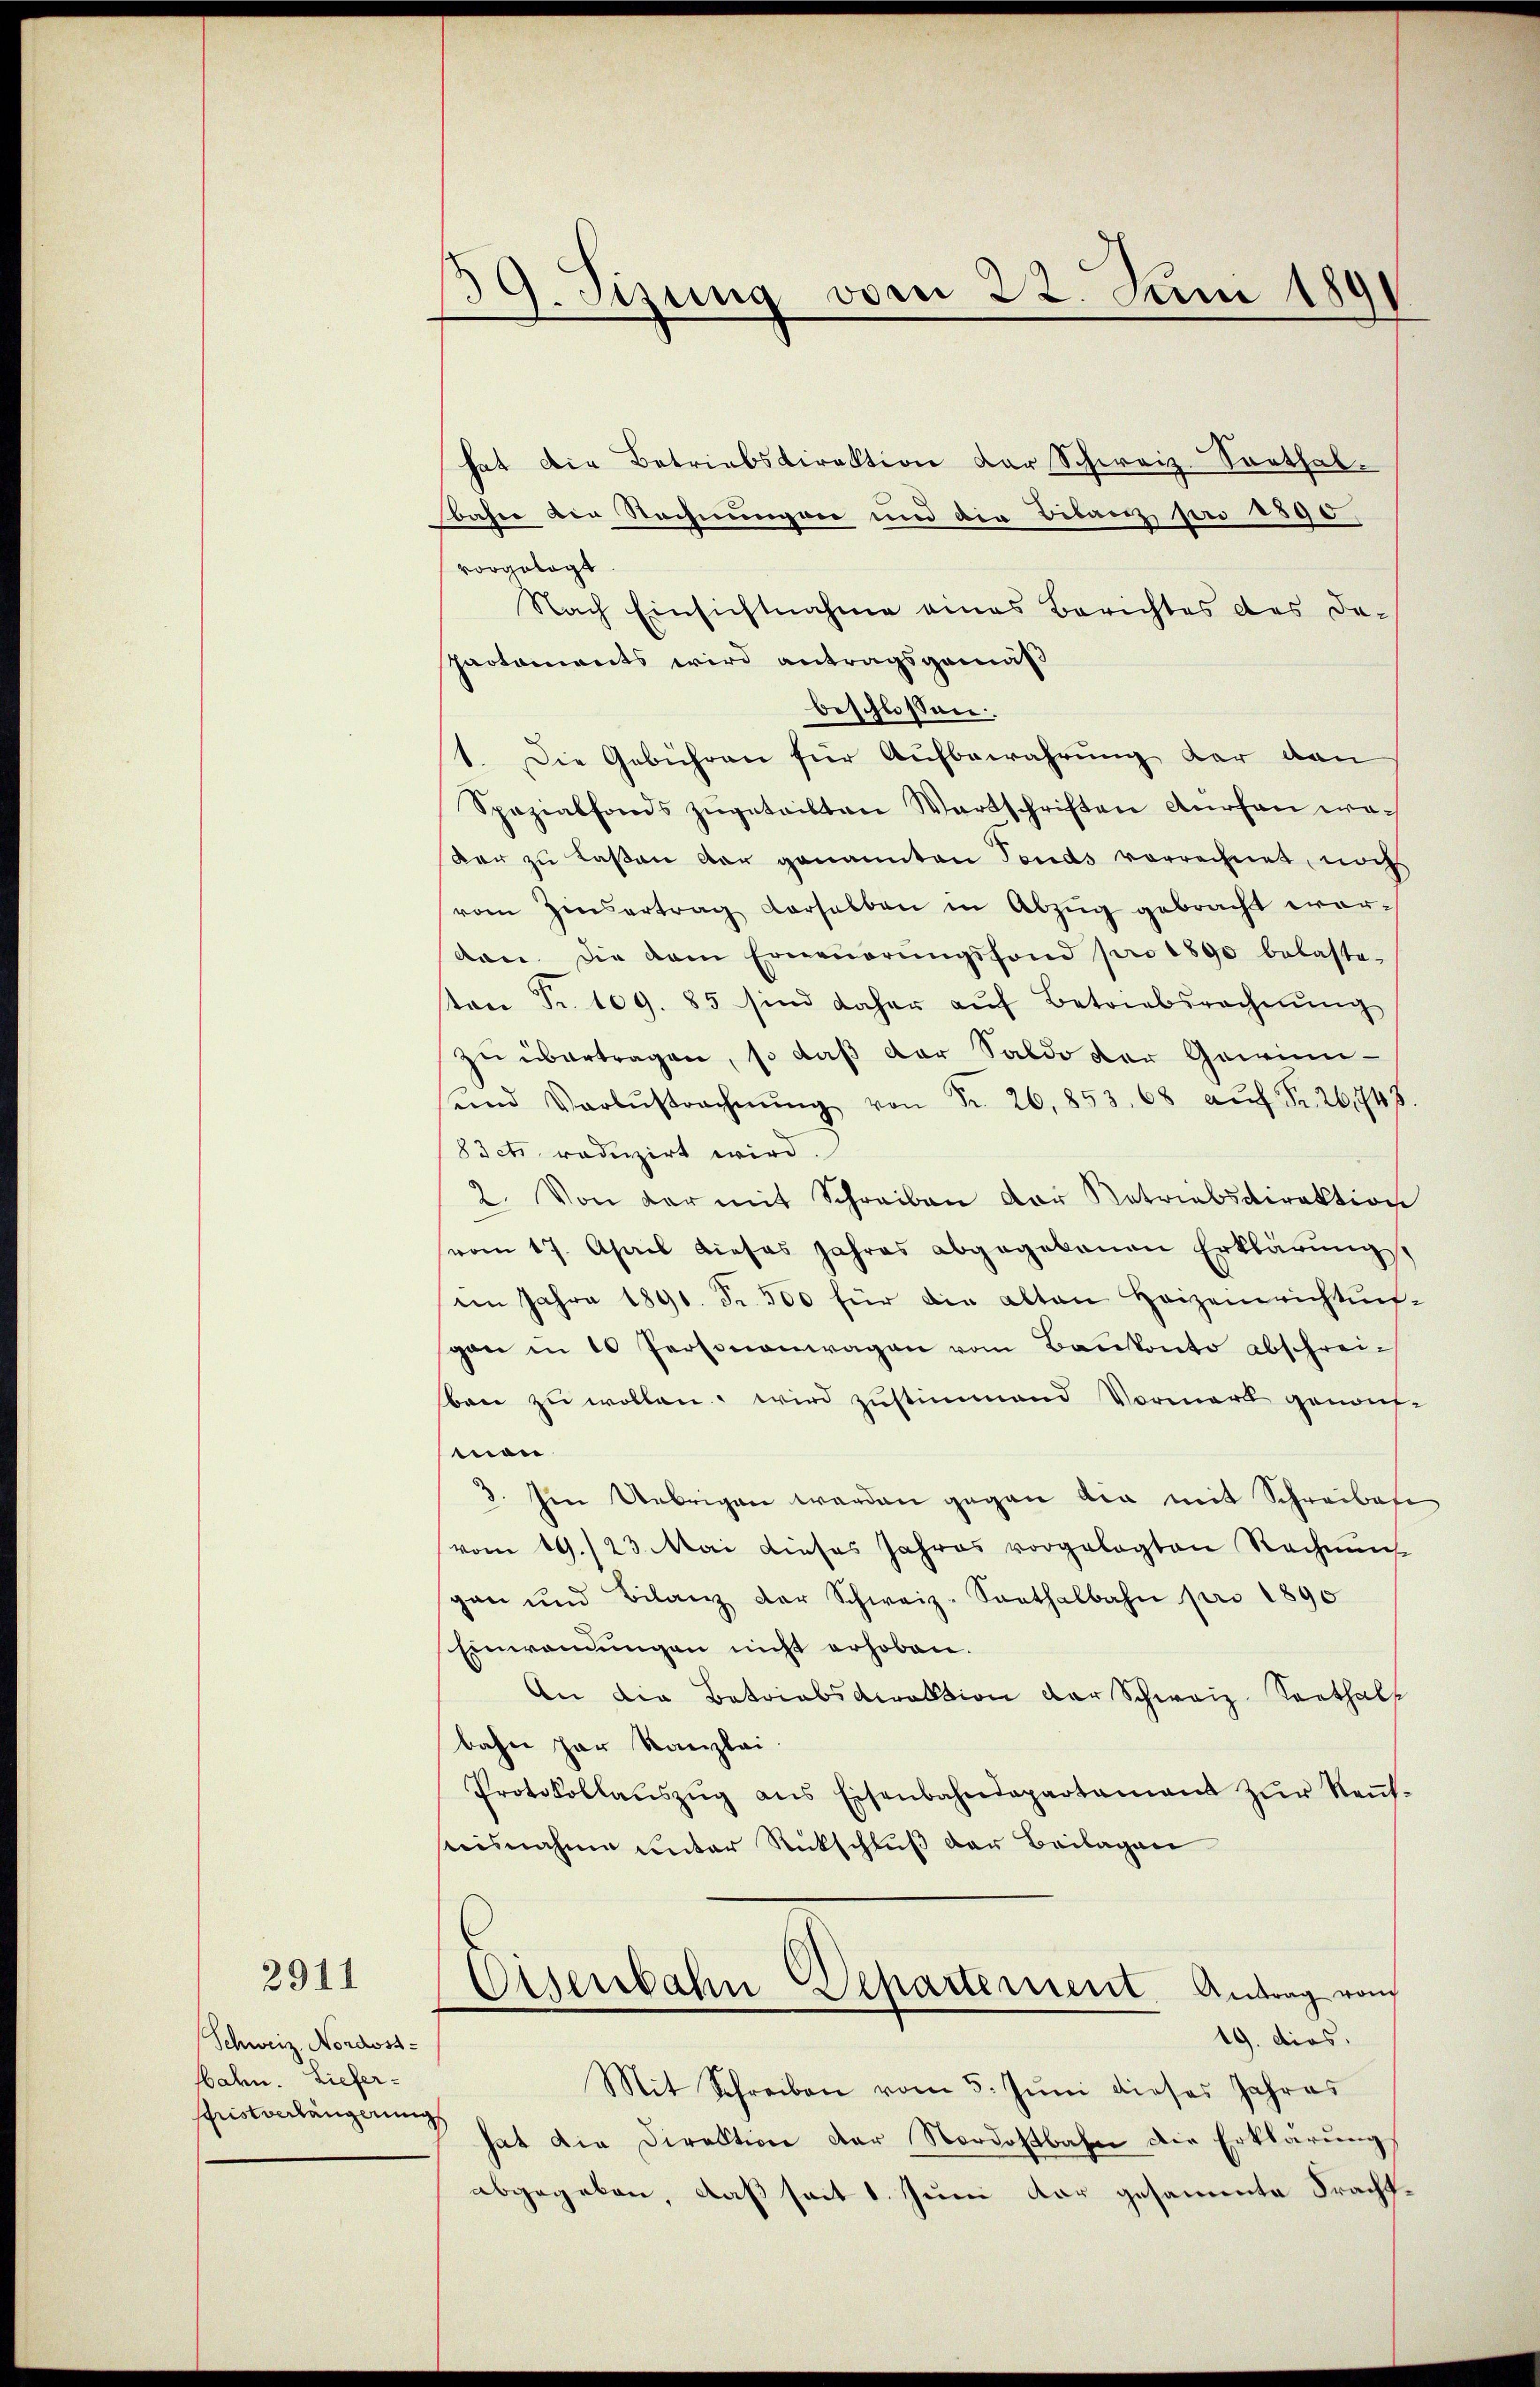
2911

Schweiz. Nordost-
bahn. Liefer-
schristverlängerung

C
1. Sizung vom 22. Juni 1891

hat die Betriebsdirektion der Schweiz. Sorthalbahre der Rechnungen und die Bilanzpro 1595,
vorgelegt
Nach Einsichtnahme eines Berichtes des da-
Paotoments wird antragsgemäß
beschlossen.
1. Die Gebühren für Aufbewahrung der dan
Spezialfonds zugetritten Wartschriften Aurhan we¬
Ver zu laßen der genannten Tends vorrechnet, noch
vom Zinsertrag verselben in Abzŭg gebracht wor-
don. Die vom Erneŭerŭngsfond pro 1890 belaste-
ton Fr. 109. 85 sind daher aŭf Betriebsrechnŭng
zu übertragen, so daß der Saldo der Gewinnŭnd Verlustrechnŭng von Fr. 26, 853. 68 aŭf Fr. 26748
SIcti reduzirt wird.
2. Von der mit Schreiben der Retriebsdirektion
vom 17. April dieses Jahres abgegebenen Erklärŭng
im Jahre 1891. Fr. 300 für die alten Heizeinrichtungan in 10 Personenwagen vom Baukonto abschreiben zu wollen, wird zustimmend Vormark genauf-
man
3. Im Uebrigen werden gegen die mit Schreibese
vom 19./23. Mai dieses Jahres vorgelegten Rechnŭng
gan und Bilanz der Schweiz-Sarthalbahn pro 1890
Einwandungen nicht erhoben.
An die Betriebsdirektion der Schweiz Sorthalbahn har Kanzlei.
Protokollaŭszŭg ans Eisenbahndepartament zŭr Neŭf-
isnahme unter Rückschluß der Beilagen
Eisenbahn Departement Antrag von
19. dies.
Mit Schreiben vom 5. Jŭni dieses Jahres
hat die Direktion der Nordostbahn die Erklärungs
abgegeben, daß seit 1. Juni dar gesammte Fracht¬